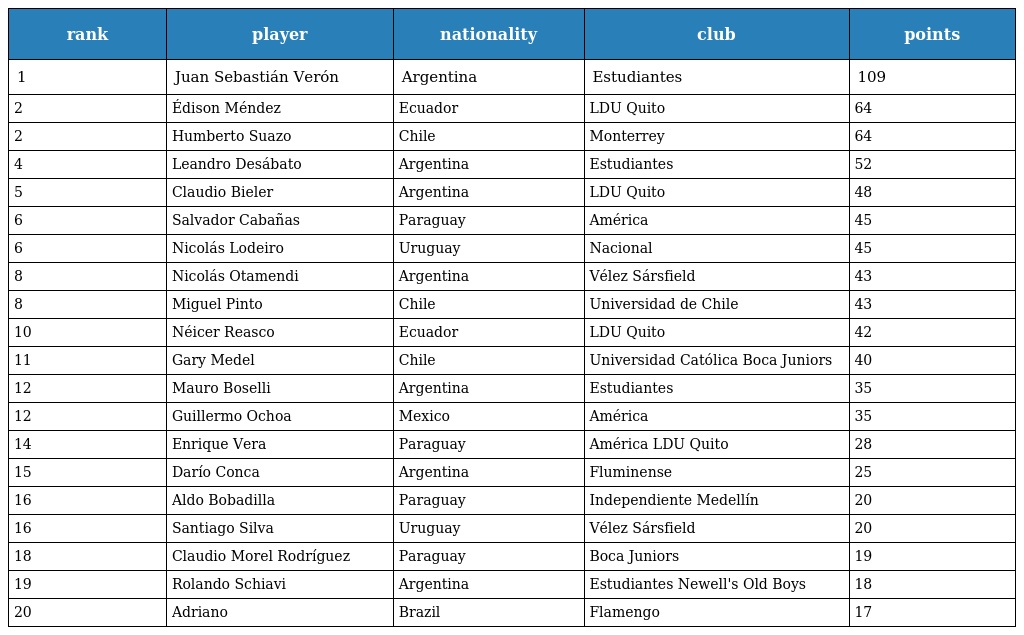
| rank | player | nationality | club | points |
 | --- | --- | --- | --- | --- |
 | 1 | Juan Sebastián Verón | Argentina | Estudiantes | 109 |
 | 2 | Édison Méndez | Ecuador | LDU Quito | 64 |
 | 2 | Humberto Suazo | Chile | Monterrey | 64 |
 | 4 | Leandro Desábato | Argentina | Estudiantes | 52 |
 | 5 | Claudio Bieler | Argentina | LDU Quito | 48 |
 | 6 | Salvador Cabañas | Paraguay | América | 45 |
 | 6 | Nicolás Lodeiro | Uruguay | Nacional | 45 |
 | 8 | Nicolás Otamendi | Argentina | Vélez Sársfield | 43 |
 | 8 | Miguel Pinto | Chile | Universidad de Chile | 43 |
 | 10 | Néicer Reasco | Ecuador | LDU Quito | 42 |
 | 11 | Gary Medel | Chile | Universidad Católica Boca Juniors | 40 |
 | 12 | Mauro Boselli | Argentina | Estudiantes | 35 |
 | 12 | Guillermo Ochoa | Mexico | América | 35 |
 | 14 | Enrique Vera | Paraguay | América LDU Quito | 28 |
 | 15 | Darío Conca | Argentina | Fluminense | 25 |
 | 16 | Aldo Bobadilla | Paraguay | Independiente Medellín | 20 |
 | 16 | Santiago Silva | Uruguay | Vélez Sársfield | 20 |
 | 18 | Claudio Morel Rodríguez | Paraguay | Boca Juniors | 19 |
 | 19 | Rolando Schiavi | Argentina | Estudiantes Newell's Old Boys | 18 |
 | 20 | Adriano | Brazil | Flamengo | 17 |